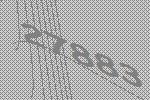
27883